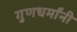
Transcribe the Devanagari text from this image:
गुणधर्मांनी